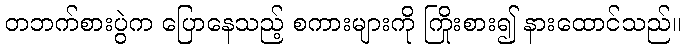
တဘက်စားပွဲက ပြောနေသည့် စကားများကို ကြိုးစား၍ နားထောင်သည်။